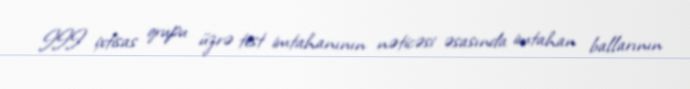
III ixtisas qrupu üzrə test imtahanının nəticəsi əsasında imtahan ballarının